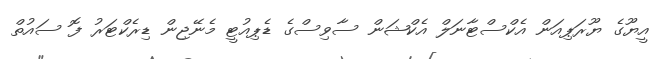
އީޔޫގެ ޔޫރަޕިއަން އެކްސްޓާނަލް އެކްޝަން ސާވިސްގެ ޑެޕިއުޓީ މެނޭޖިން ޑިރެކްޓަރު ފޮ ސައުތް